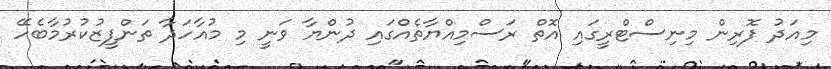
މިއަދު ފޮރިން މިނިސްޓްރީގައި އޮތް ރަސްމިއްޔާތެއްގައި ދުންޔާ ވަނީ މި މުއާހަދާ ތަންފީޒުކުރުމާބެހޭ